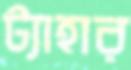
ট্যাহার